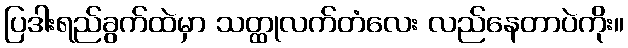
ပြဒါးရည်ခွက်ထဲမှာ သတ္ထုလက်တံလေး လည်နေတာပဲကိုး။